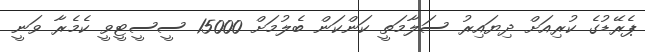
ޕެރޭޑުގެ ކުރިއަށް ދިޔައިރު ސަލާމަތީ ކަންކަން ބެލުމަށް 15000 ސީސީޓީވީ ކެމެރާ ވަނީ